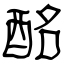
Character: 酩